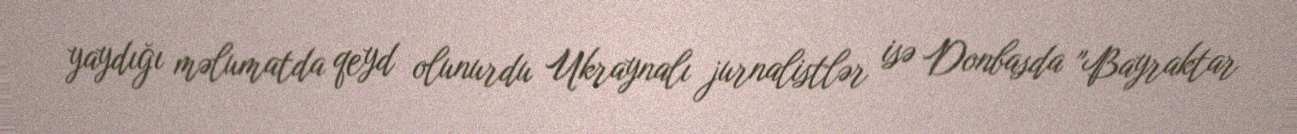
yaydığı məlumatda qeyd olunurdu Ukraynalı jurnalistlər isə Donbasda "Bayraktar